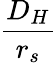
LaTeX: \frac{D_{H}}{r_{s}}